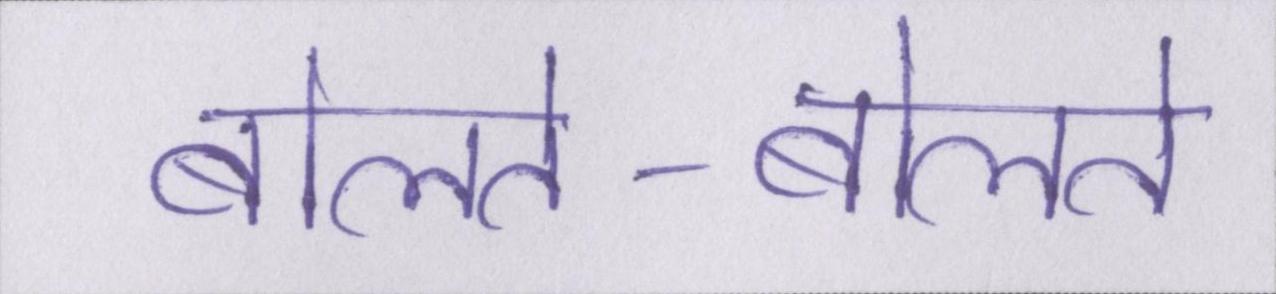
बोलते-बोलते